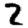
Digit: 2